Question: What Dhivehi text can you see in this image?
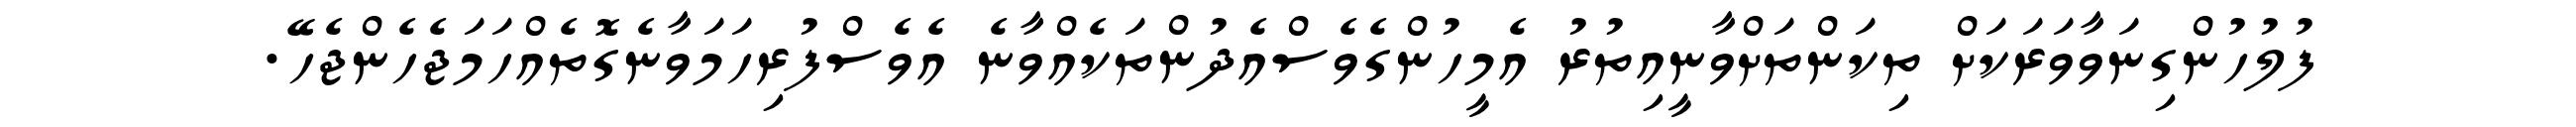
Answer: ފުލުހުންގިނަވާވަރަކަށް ތިކަންތަށްވާނީއިތުރު އެމީހުންގެވެސްއެދުންތަކެއްވާނެ އެވެސްފުރިހަމަވާނެގޮތެއްހަމަޖެހެންޖެހޭ.